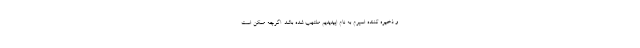
و ذخیره کننده اسپرم به نام اپیدیدیم ملتهب شده باشد. اگرچه ممکن است